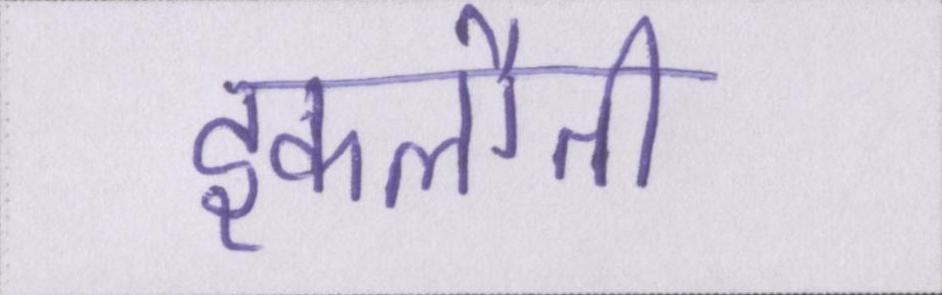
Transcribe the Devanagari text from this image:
इकलौती